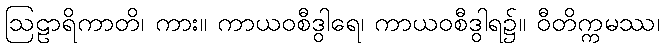
ဩဠာရိကာတိ၊ ကား။ ကာယဝစီဒွါရေ၊ ကာယဝစီဒွါရ၌။ ဝီတိက္ကမဿ၊